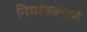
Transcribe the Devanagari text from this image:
निर्माल्करण